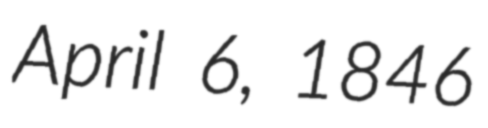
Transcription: April 6, 1846